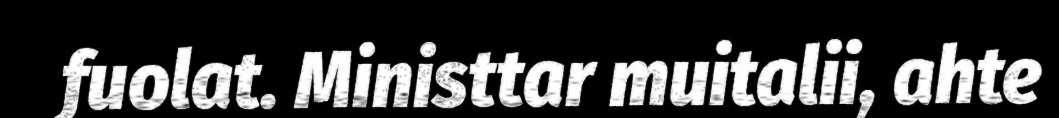
fuolat. Ministtar muitalii, ahte